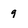
Character: 9